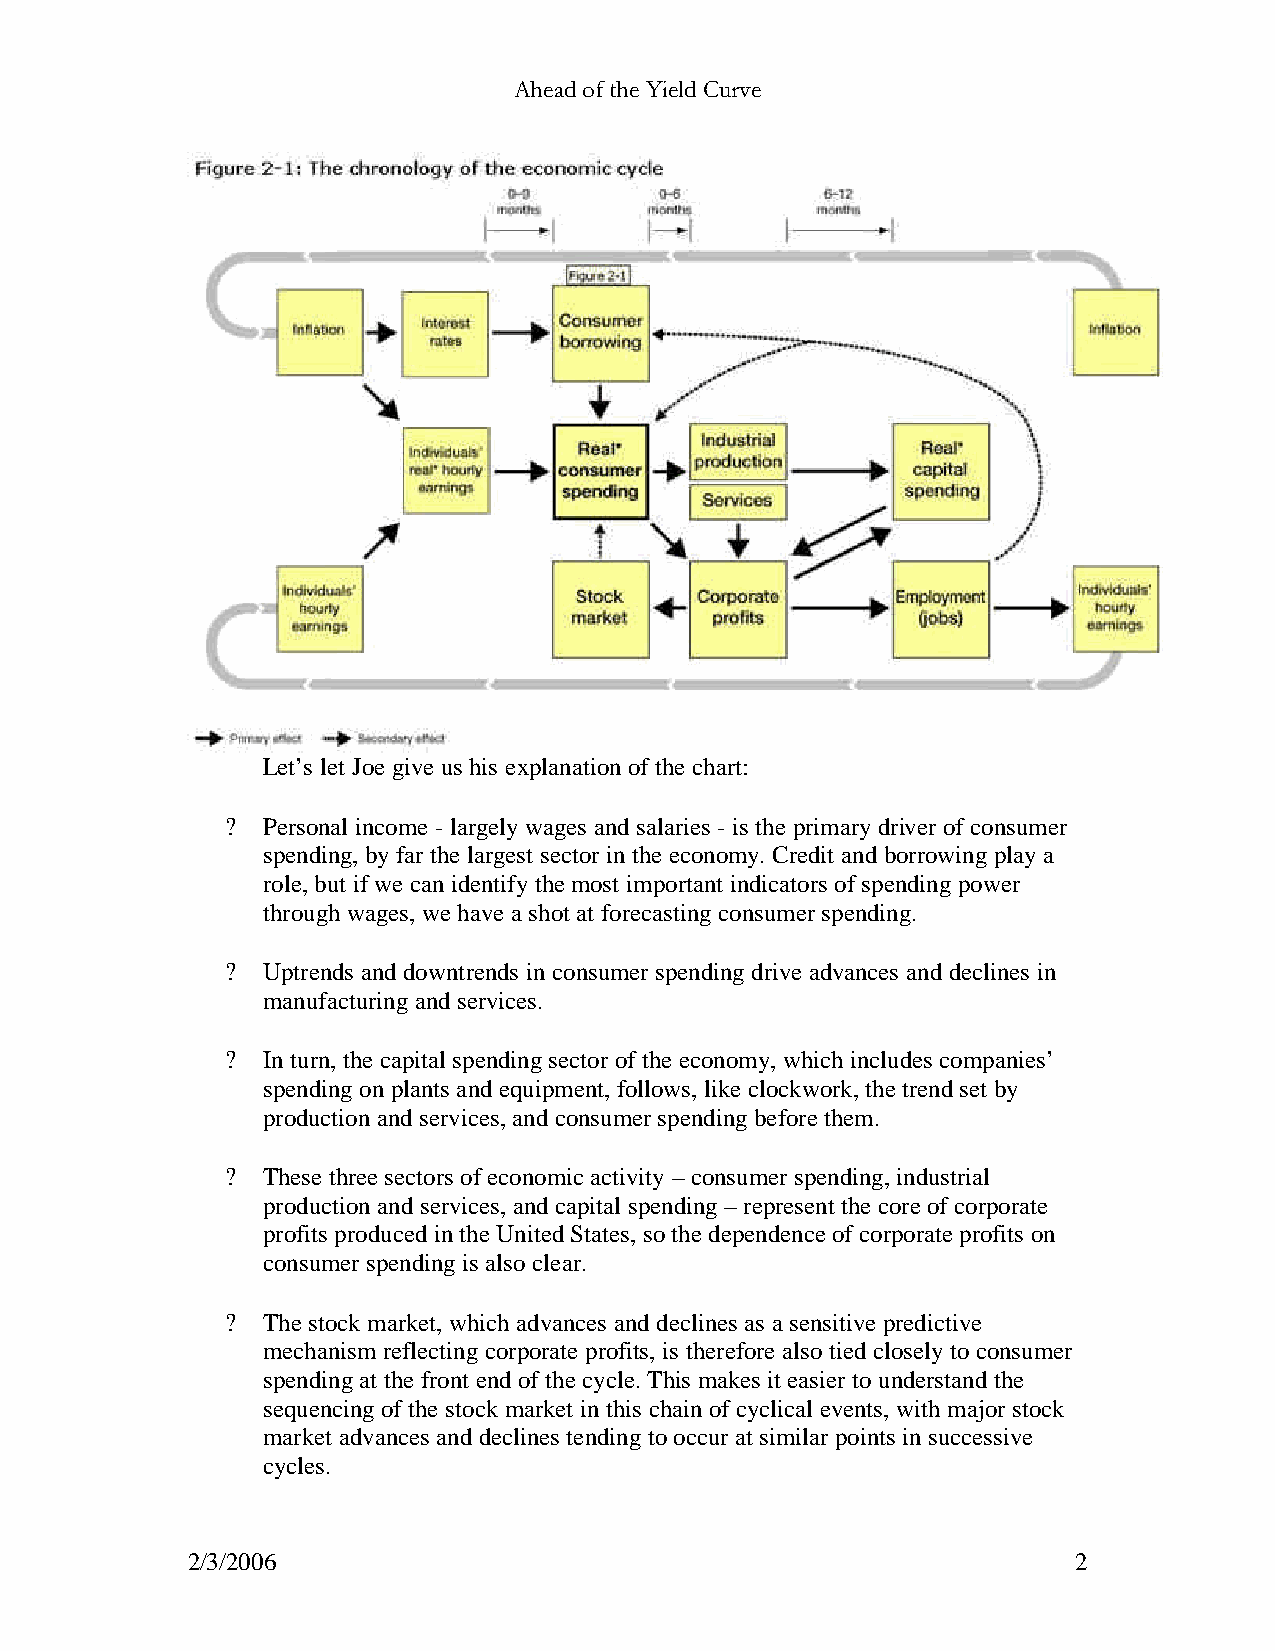
Ahead of the Yield Curve
 Let’s let Joe give us his explanation of the chart:
 ? Personal income - largely wages and salaries - is the primary driver of consumer
 spending, by far the largest sector in the economy. Credit and borrowing play a
 role, but if we can identify the most important indicators of spending power
 through wages, we have a shot at forecasting consumer spending.
 ? Uptrends and downtrends in consumer spending drive advances and declines in
 manufacturing and services.
 ? In turn, the capital spending sector of the economy, which includes companies’
 spending on plants and equipment, follows, like clockwork, the trend set by
 production and services, and consumer spending before them.
 ? These three sectors of economic activity – consumer spending, industrial
 production and services, and capital spending – represent the core of corporate
 profits produced in the United States, so the dependence of corporate profits on
 consumer spending is also clear.
 ? The stock market, which advances and declines as a sensitive predictive
 mechanism reflecting corporate profits, is therefore also tied closely to consumer
 spending at the front end of the cycle. This makes it easier to understand the
 sequencing of the stock market in this chain of cyclical events, with major stock
 market advances and declines tending to occur at similar points in successive
 cycles.
 2/3/2006                                                   2